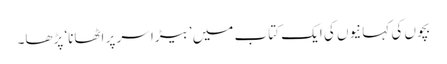
بچوں کی کہانیوں کی ایک کتاب میں ’بیڑا سر پر اٹھانا‘ پڑھا۔